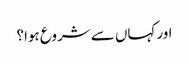
اور کہاں سے شروع ہوا؟